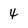
Character: 4